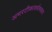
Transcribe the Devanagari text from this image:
अमरटीकासर्वस्वकार